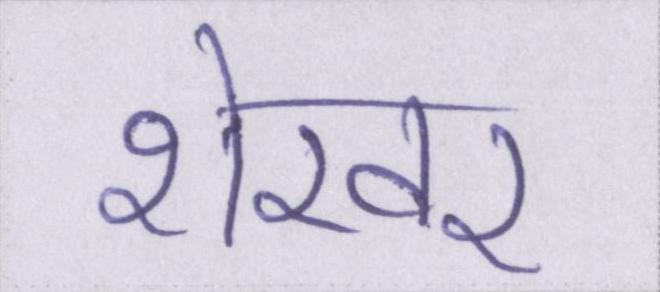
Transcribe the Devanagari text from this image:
शेखर